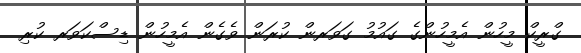
ގްރީކް މީހުން އެމީހުންގެ ގައުމު ގަވަރން ކުރަން ވެގެން އެމީހުން ޑިސްކަވަރ ކުރި